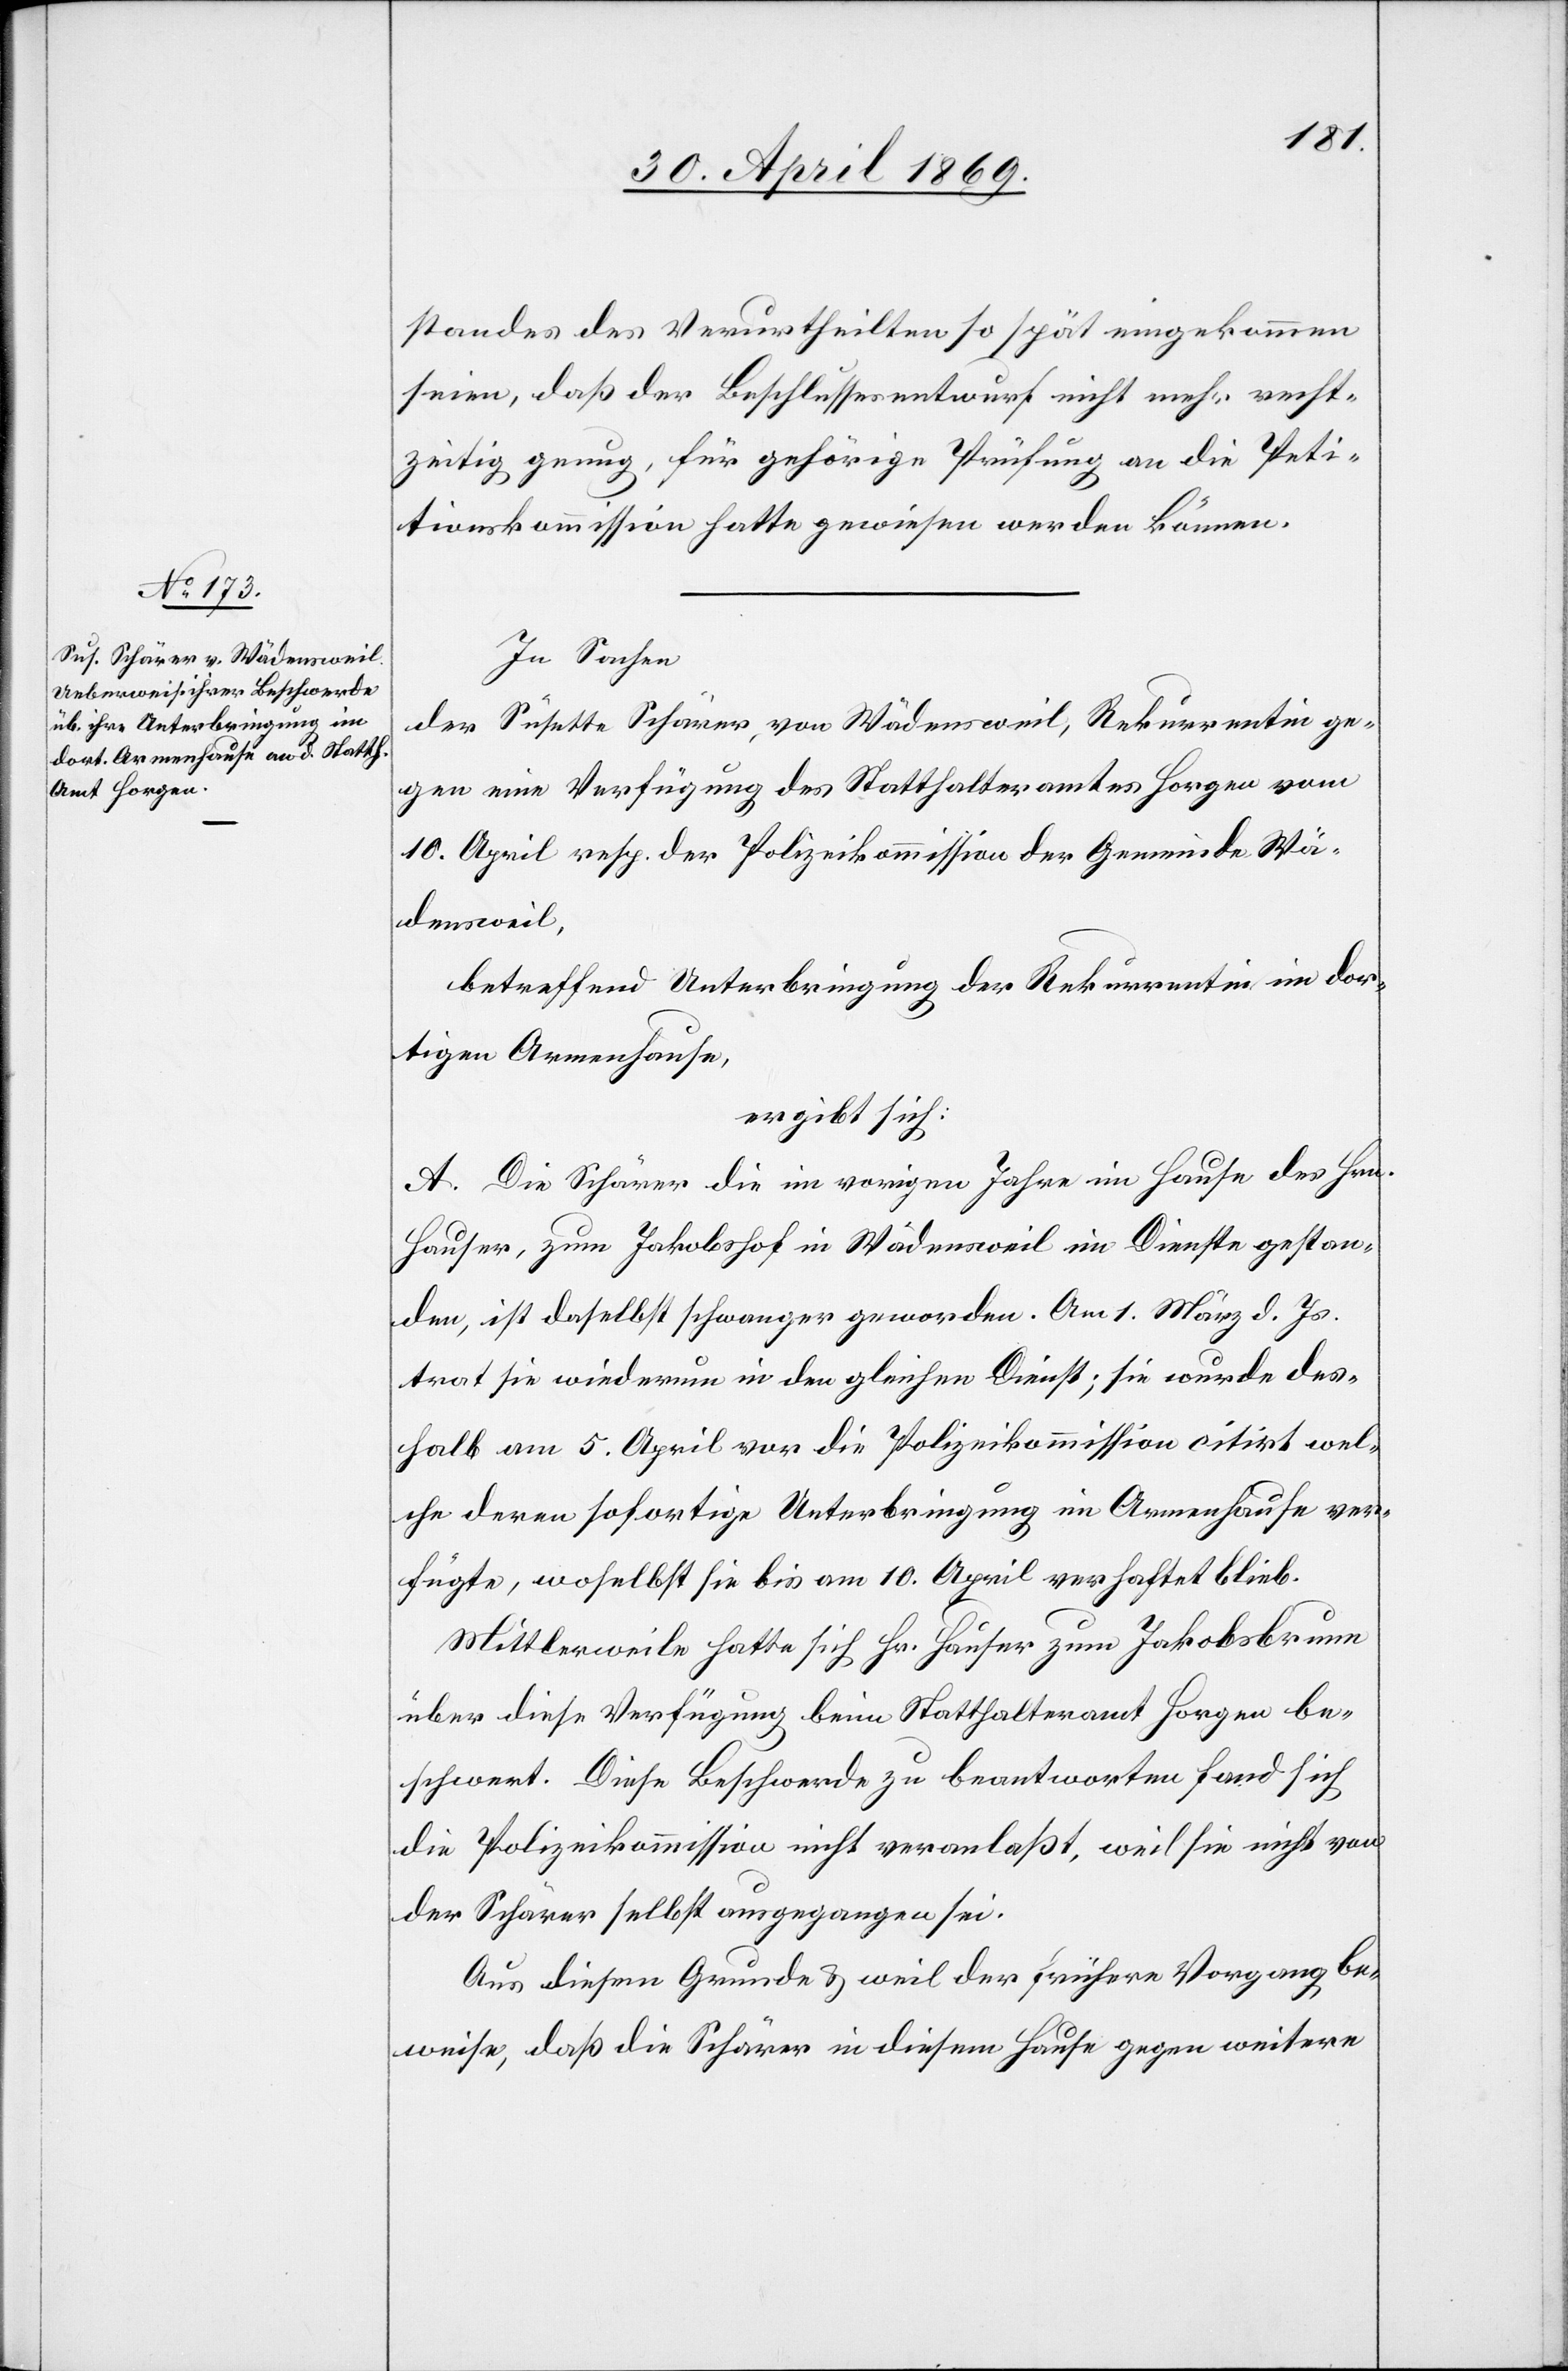
standes des Verurtheilten so spät eingekommen
seien, daß der Beschlussesentwurf nicht mehr recht¬
zeitig genug, für gehörige Prüfung an die Peti¬
tionskommission hatte gewiesen werden können.
In Sachen
der Susette Schärer, von Wädensweil, Rekurrentin ge¬
gen eine Verfügung des Statthalteramtes Horgen vom
10. April resp. der Polizeikommission der Gemeinde Wä¬
densweil,
betreffend Unterbringung der Rekurrentin im dor¬
tigen Armenhause,
ergibt sich:
A. Die Schärer die im vorigen Jahre im Hause des Hrn.
Hauser, zum Jakobshof in Wädensweil im Dienste gestan¬
den, ist daselbst schwanger geworden. Am 1. März d. Js.
trat sie wiederum in den gleichen Dienst; sie wurde des¬
halb am 5. April vor die Polizeikommission citirt wel¬
che deren sofortige Unterbringung im Armenhause ver¬
fügte, woselbst sie bis am 10. April verhaftet blieb.
Mittlerweile hatte sich Hr. Hauser zum Jakobsbrunn
über diese Verfügung beim Statthalteramt Horgen be¬
schwert. Diese Beschwerde zu beantworten fand sich
die Polizeikommission nicht veranlaßt, weil sie nicht von
der Schärer selbst ausgegangen sei.
Aus diesem Grunde u. weil der frühere Vorgang be¬
weise, daß die Schärer in diesem Hause gegen weitere